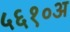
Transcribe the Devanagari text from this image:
५६१०अ